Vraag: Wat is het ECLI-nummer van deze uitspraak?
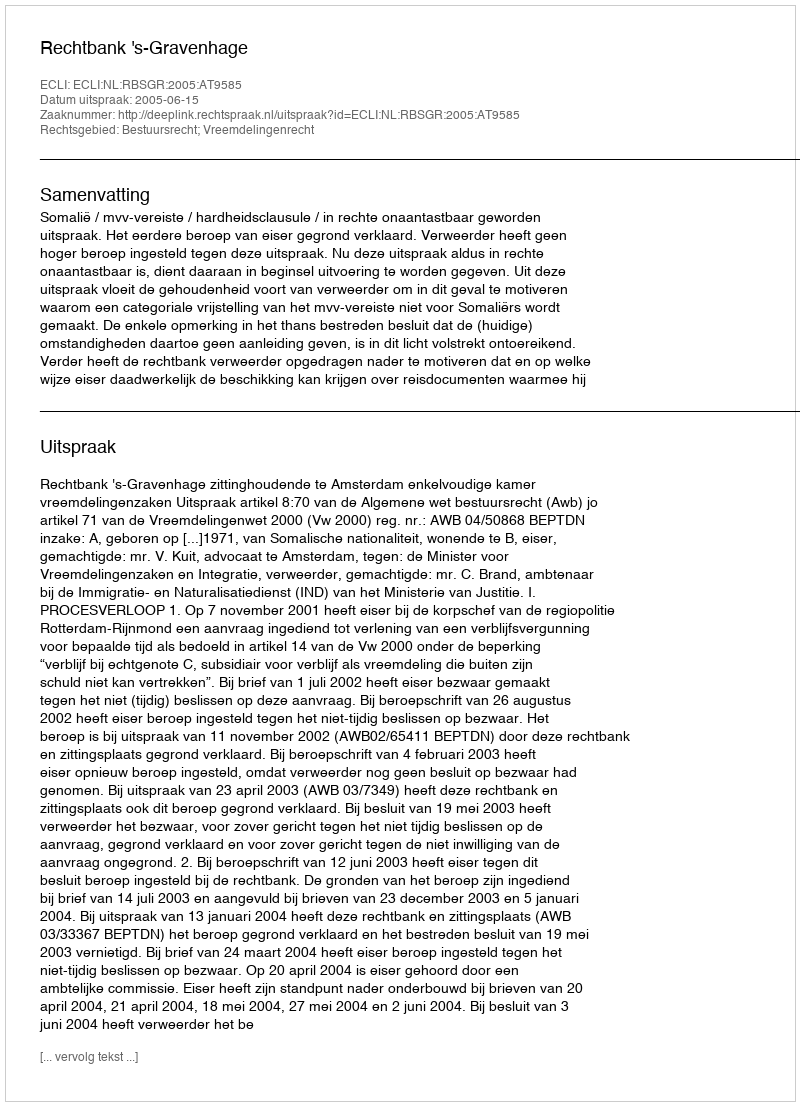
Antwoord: ECLI:NL:RBSGR:2005:AT9585